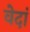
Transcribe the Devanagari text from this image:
वेदां